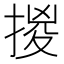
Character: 㨑